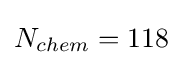
N_{chem}=118